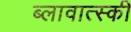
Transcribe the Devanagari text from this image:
ब्लावात्स्की